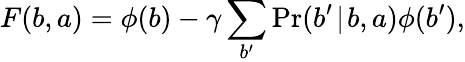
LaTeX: F(b,a)=\phi(b)-\gamma\sum_{b^{\prime}}\operatorname*{Pr}(b^{\prime}\! \mid\! b,a)\phi(b^{\prime}),